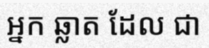
អ្នក ឆ្លាត ដែល ជា